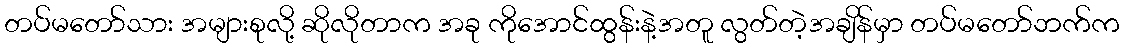
တပ်မတော်သား အများစုလို့ ဆိုလိုတာက အခု ကိုအောင်ထွန်းနဲ့အတူ လွတ်တဲ့အချိန်မှာ တပ်မတော်ဘက်က